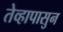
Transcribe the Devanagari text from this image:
तेव्हापासुन